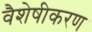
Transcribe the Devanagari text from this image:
वैशेषीकरण